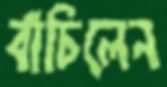
বাঁচিলেন